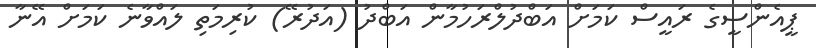
ޕީއެންސީގެ ރައީސް ކަމަށް އަބްދުލްރަހުމާން އަބްދު (އަދުރޭ) ކުރިމަތި ލައްވާނެ ކަމަށް އޭނާ